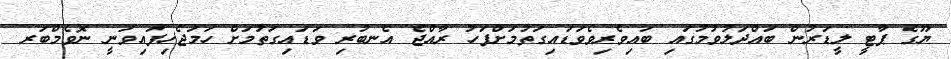
ޔޫގެ ޕާޓީ ލީޑަރުން ބައްދަލުވުމުގައި ބައިވެރިވެވަޑައިގަތުމަށްފަހު ރާއްޖެ އެނބުރި ވަޑައިގަތުމަށް ހަމަޖެހިފައިވަނީ ނޮވެމްބަރ